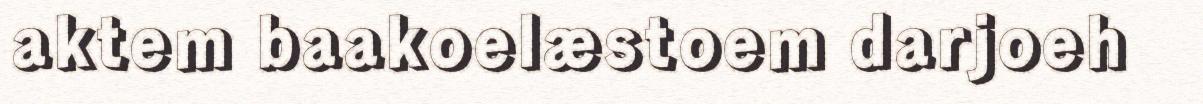
aktem baakoelæstoem darjoeh